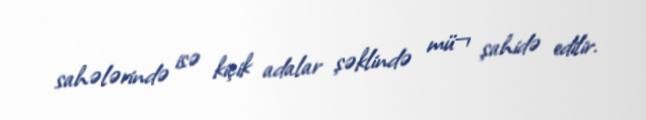
sahələrində isə kiçik adalar şəklində mü¬ şahidə edilir.